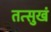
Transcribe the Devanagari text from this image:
तत्सुखं